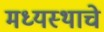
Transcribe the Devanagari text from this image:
मध्यस्थाचे